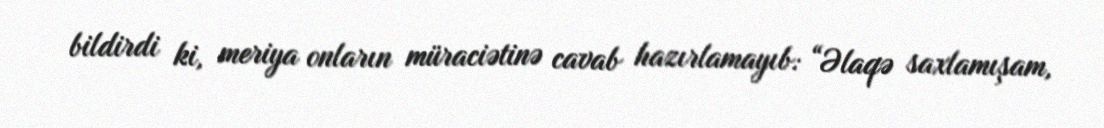
bildirdi ki, meriya onların müraciətinə cavab hazırlamayıb: “Əlaqə saxlamışam,